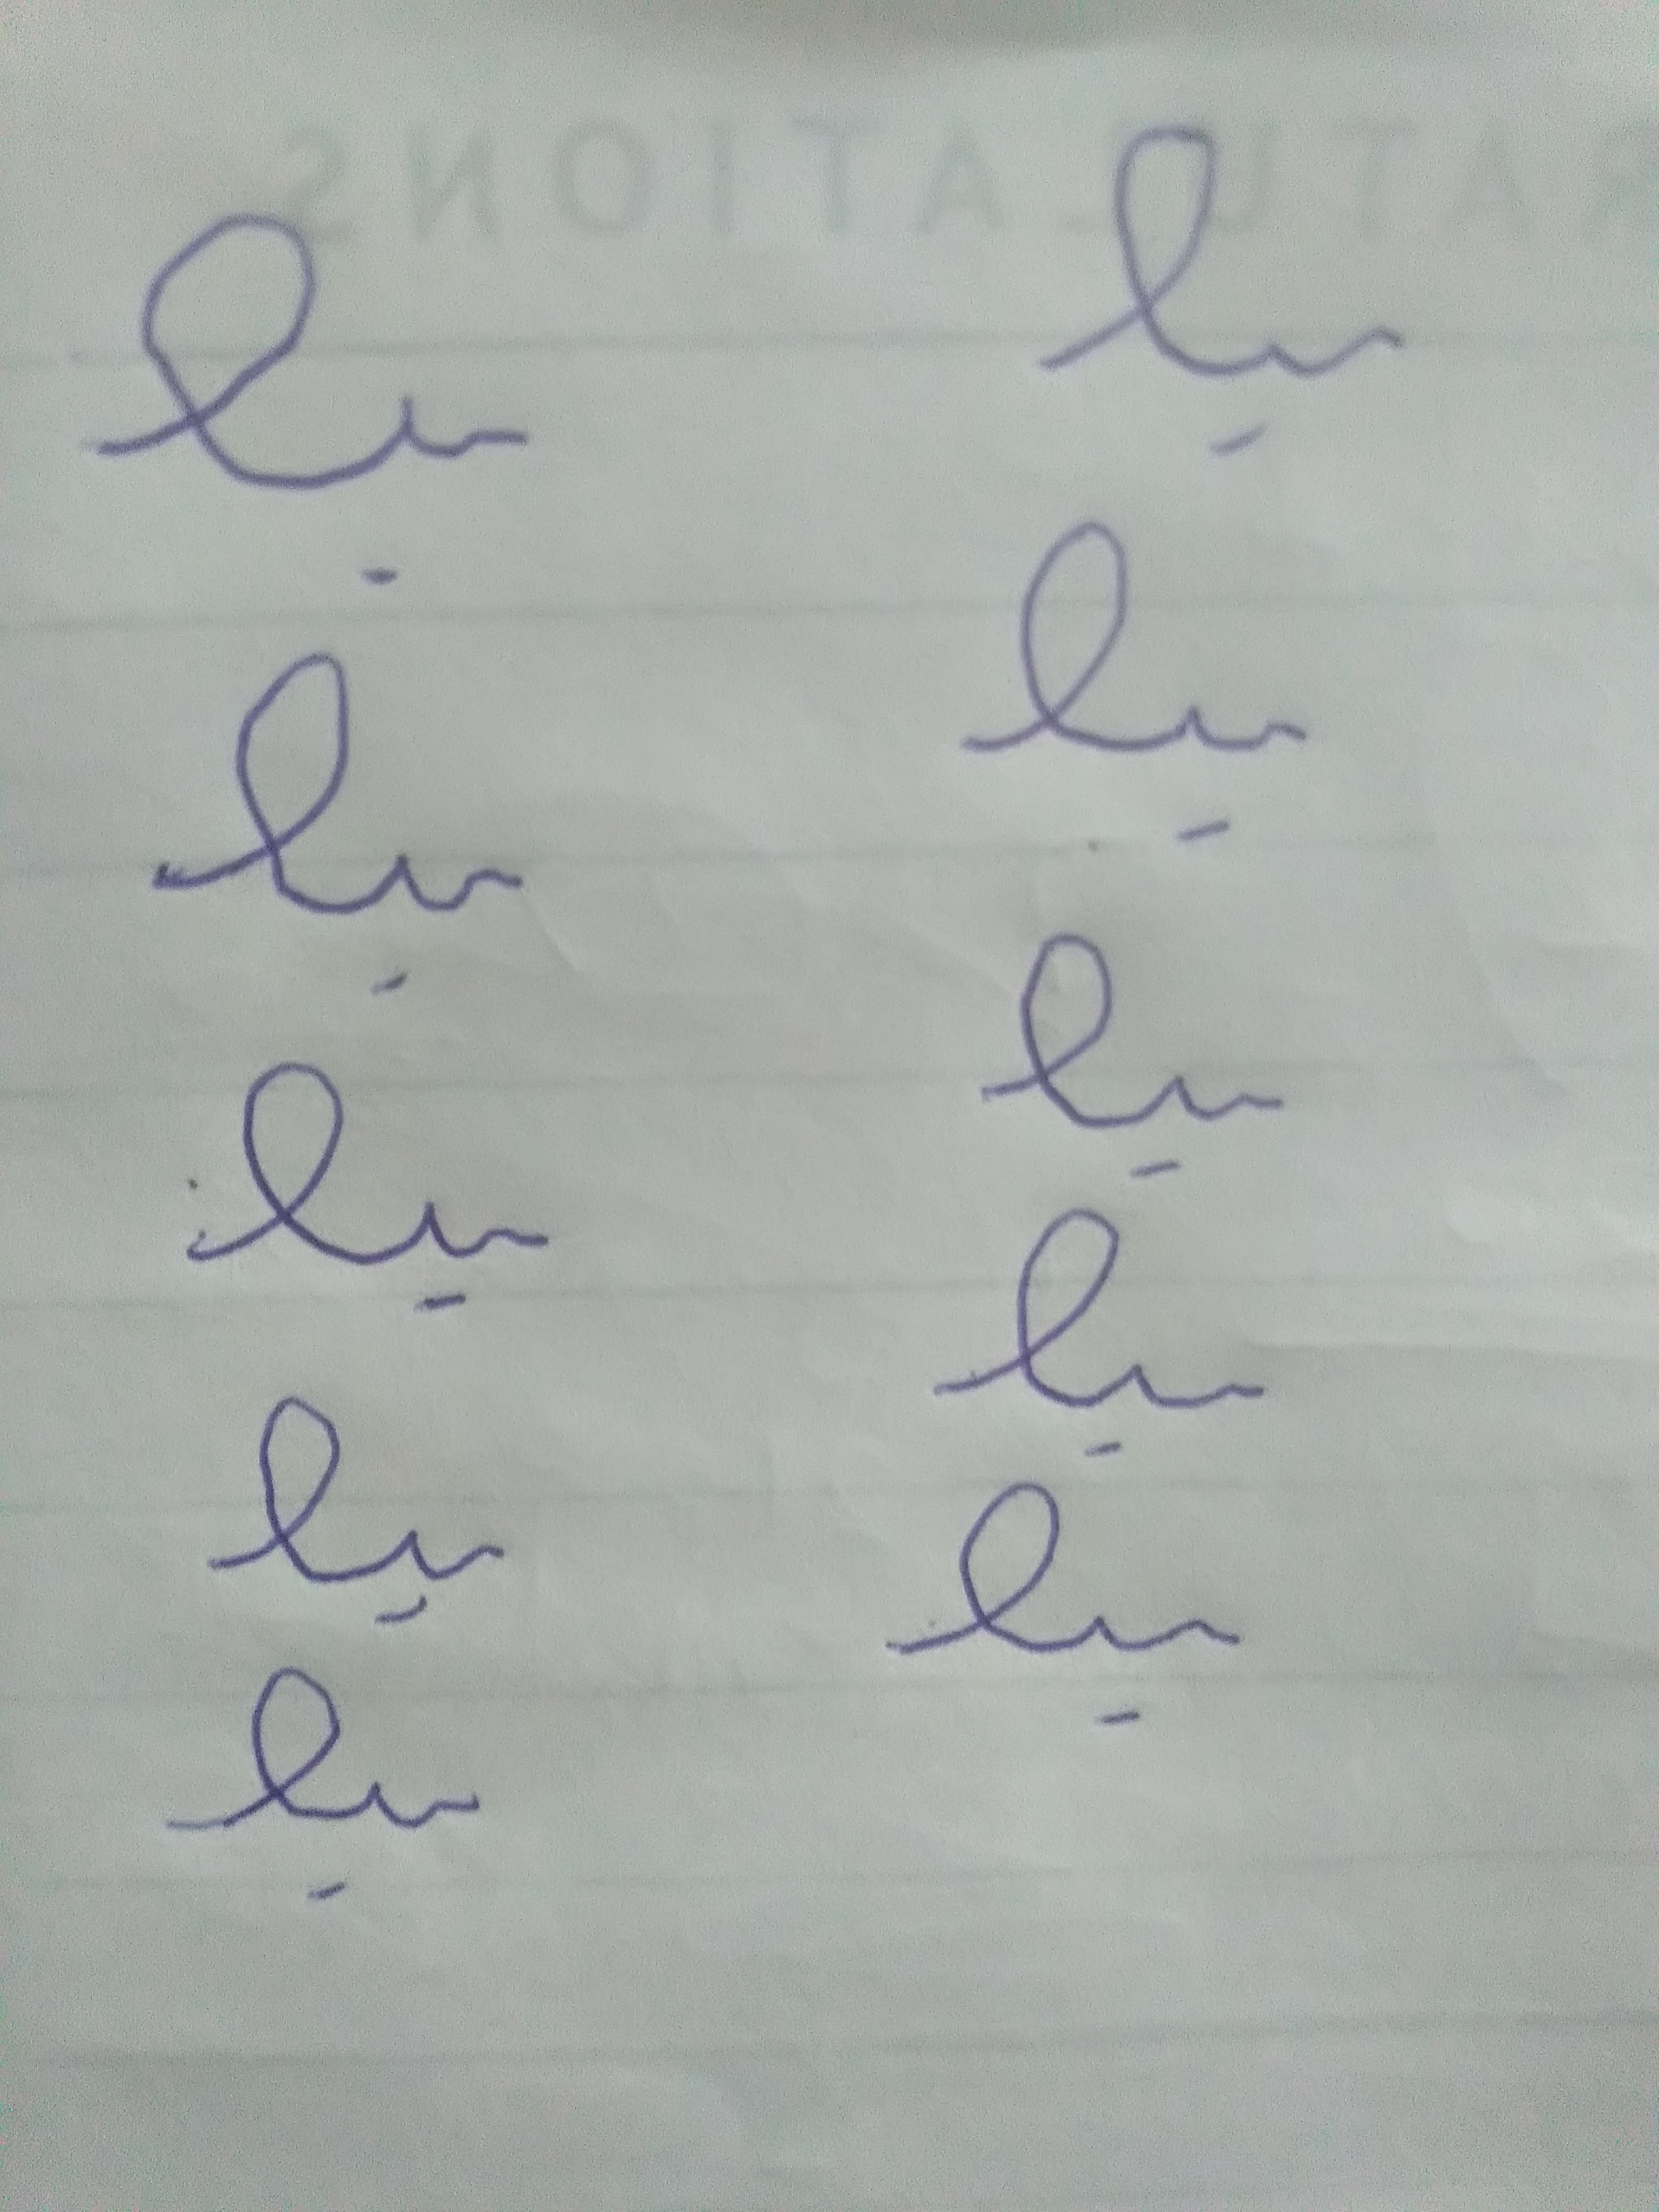
Signature authenticity: forged